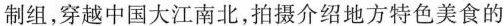
制组，穿越中国大江南北，拍摄介绍地方特色美食的